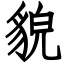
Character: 貌